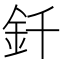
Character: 釺